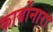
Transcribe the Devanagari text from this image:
कार्बोनारा